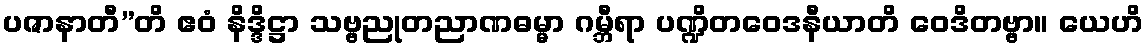
ပဇာနာတီ”တိ ဧဝံ နိဒ္ဒိဋ္ဌာ သဗ္ဗညုတညာဏဓမ္မာ ဂမ္ဘီရာ ပဏ္ဍိတဝေဒနီယာတိ ဝေဒိတဗ္ဗာ။ ယေဟိ